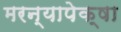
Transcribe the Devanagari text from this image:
मरन्यापेक्षा